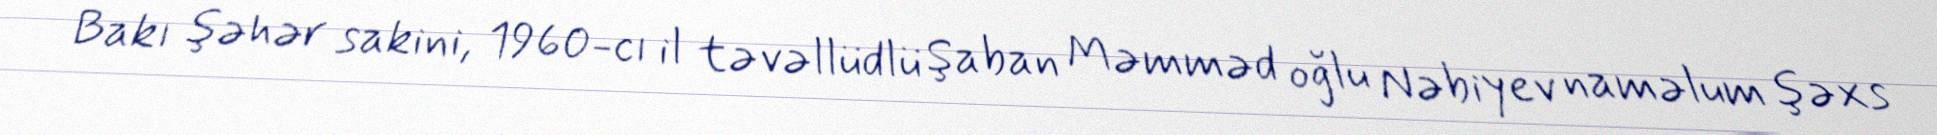
Bakı şəhər sakini, 1960-cı il təvəllüdlü Şaban Məmməd oğlu Nəbiyev naməlum şəxs